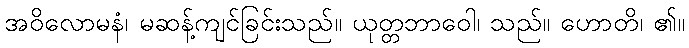
အဝိလောမနံ၊ မဆန့်ကျင်ခြင်းသည်။ ယုတ္တဘာဝေါ၊ သည်။ ဟောတိ၊ ၏။